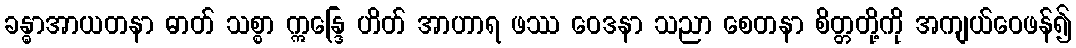
ခန္ဓာအာယတနာ ဓာတ် သစ္စာ ဣန္ဒြေ ဟိတ် အာဟာရ ဖဿ ဝေဒနာ သညာ စေတနာ စိတ္တတို့ကို အကျယ်ဝေဖန်၍